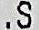
.S